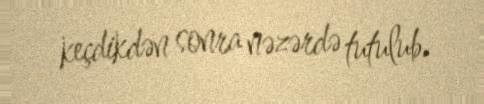
keçdikdən sonra nəzərdə tutulub.